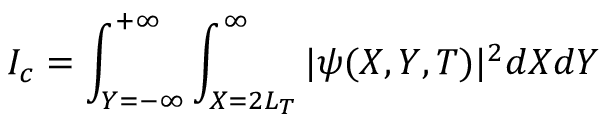
I _ { c } = \int _ { Y = - \infty } ^ { + \infty } \int _ { X = 2 L _ { T } } ^ { \infty } | \psi ( X , Y , T ) | ^ { 2 } d X d Y